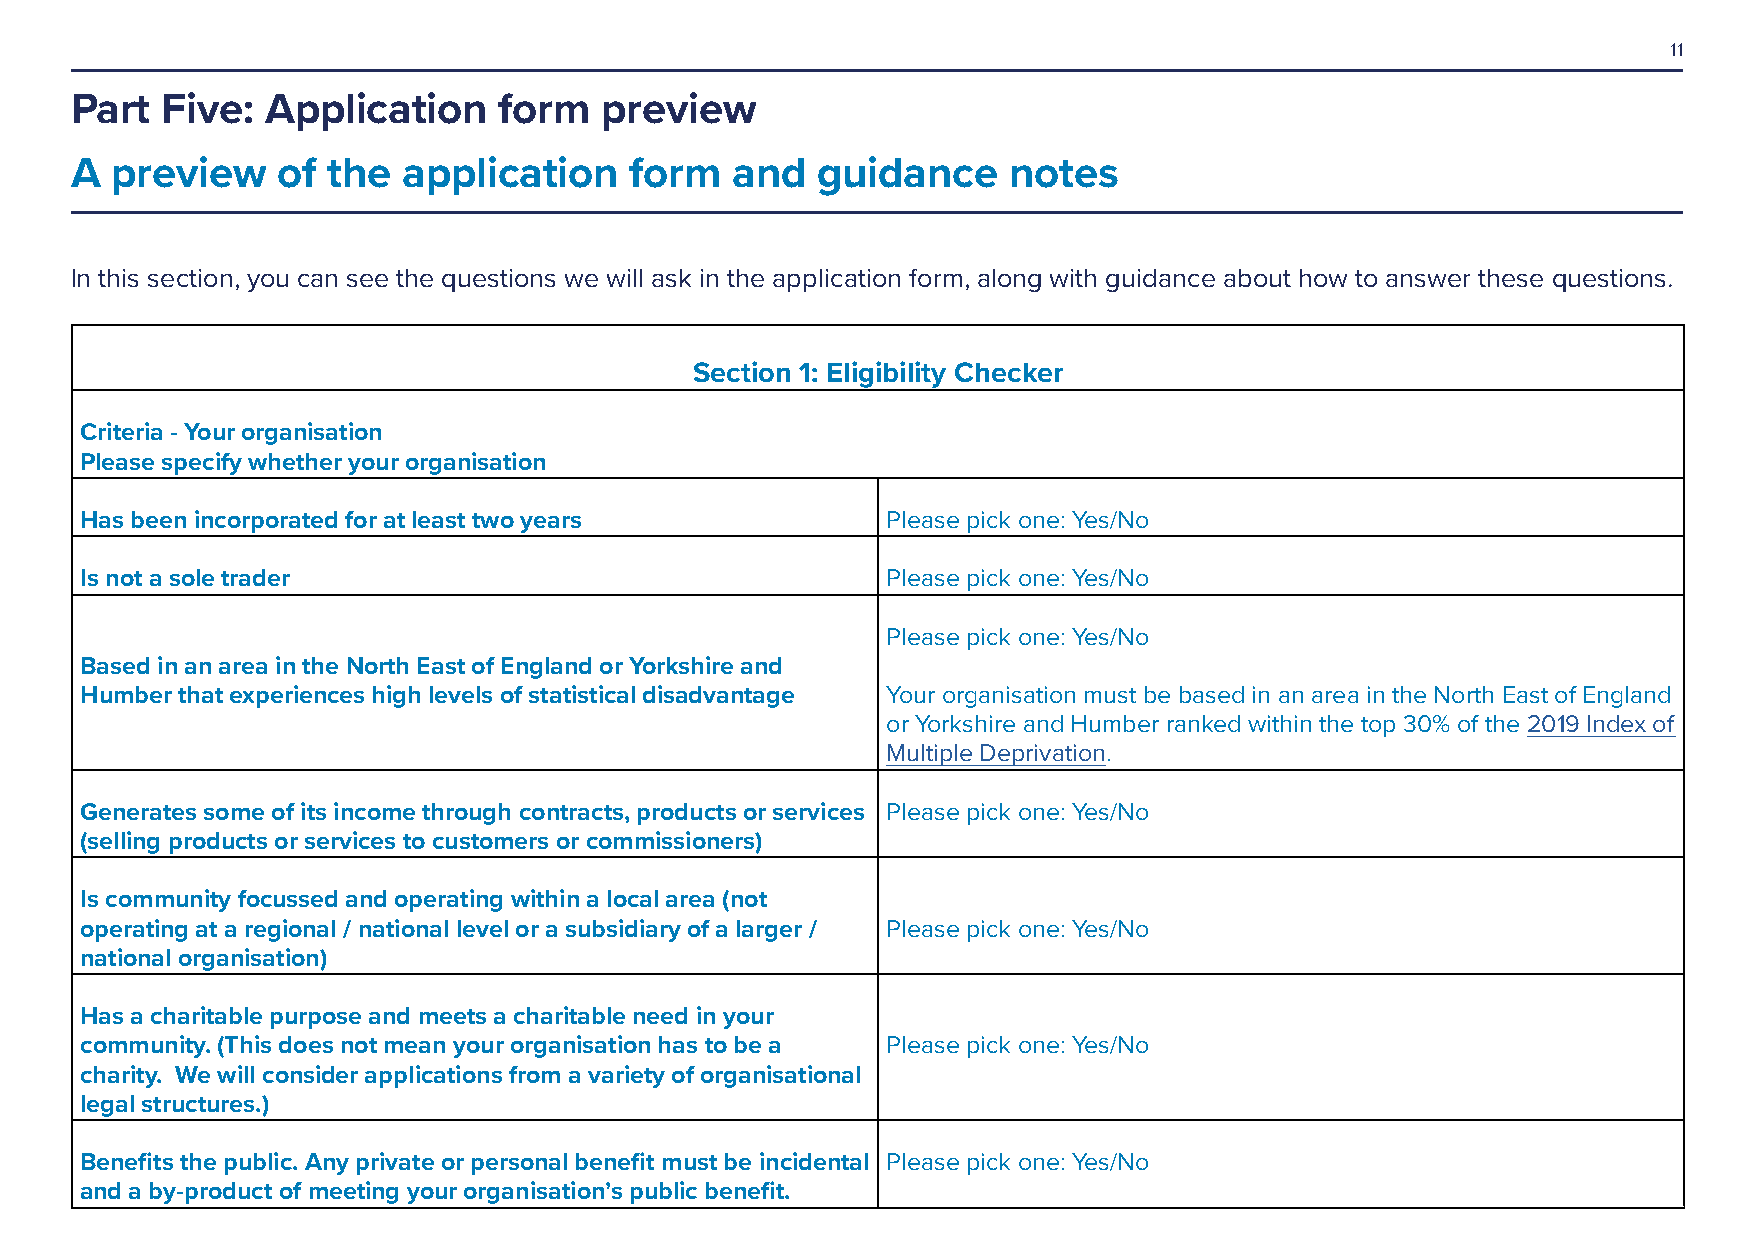
11
 Part  Five:  Application    form   preview
 A preview    of  the  application    form   and  guidance     notes
 In this section, you can see the questions we will ask in the application form, along with guidance about how to answer these questions.
 Section 1: Eligibility Checker
 Criteria - Your organisation
 Please specify whether your organisation
 Has been incorporated for at least two years          Please pick one: Yes/No
 Is not a sole trader                                  Please pick one: Yes/No
 Please pick one: Yes/No
 Based in an area in the North East of England or Yorkshire and
 Humber that experiences high levels of statistical disadvantage Your organisation must be based in an area in the North East of England
 or Yorkshire and Humber ranked within the top 30% of the 2019 Index of
 Multiple Deprivation.
 Generates some of its income through contracts, products or services Please pick one: Yes/No
 (selling products or services to customers or commissioners)
 Is community focussed and operating within a local area (not
 operating at a regional / national level or a subsidiary of a larger / Please pick one: Yes/No
 national organisation)
 Has a charitable purpose and meets a charitable need in your
 community. (This does not mean your organisation has to be a Please pick one: Yes/No
 charity. We will consider applications from a variety of organisational
 legal structures.)
 Benefits the public. Any private or personal benefit must be incidental Please pick one: Yes/No
 and a by-product of meeting your organisation’s public benefit.